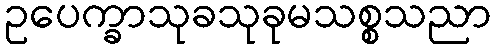
ဥပေက္ခာသုခသုခုမသစ္စသညာ